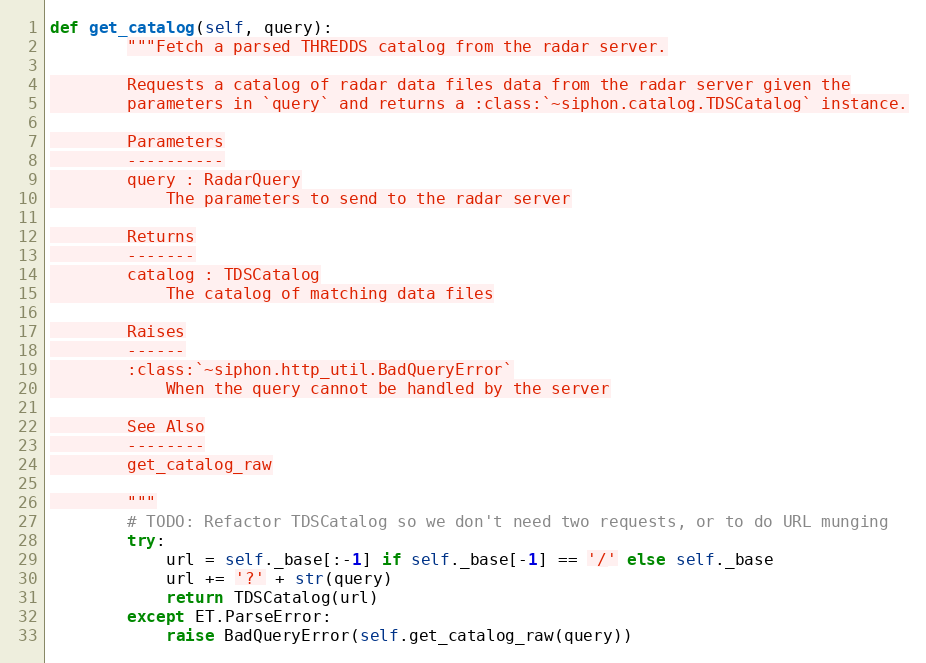
Language: Python
def get_catalog(self, query):
        """Fetch a parsed THREDDS catalog from the radar server.

        Requests a catalog of radar data files data from the radar server given the
        parameters in `query` and returns a :class:`~siphon.catalog.TDSCatalog` instance.

        Parameters
        ----------
        query : RadarQuery
            The parameters to send to the radar server

        Returns
        -------
        catalog : TDSCatalog
            The catalog of matching data files

        Raises
        ------
        :class:`~siphon.http_util.BadQueryError`
            When the query cannot be handled by the server

        See Also
        --------
        get_catalog_raw

        """
        # TODO: Refactor TDSCatalog so we don't need two requests, or to do URL munging
        try:
            url = self._base[:-1] if self._base[-1] == '/' else self._base
            url += '?' + str(query)
            return TDSCatalog(url)
        except ET.ParseError:
            raise BadQueryError(self.get_catalog_raw(query))